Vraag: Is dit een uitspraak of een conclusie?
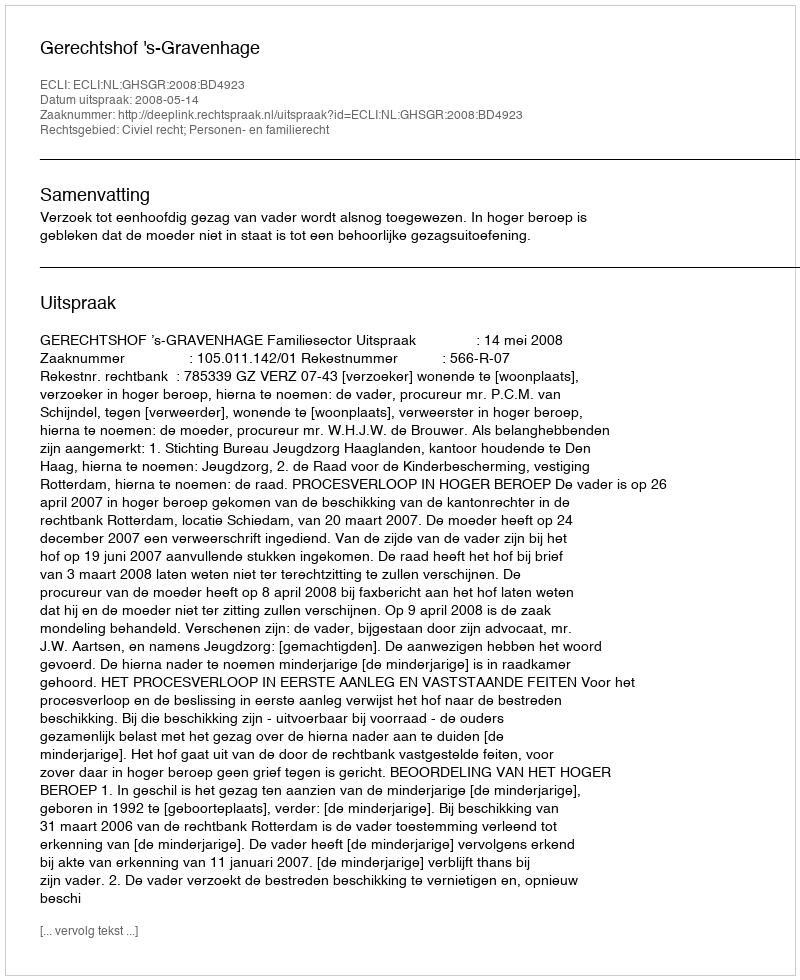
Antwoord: Uitspraak